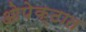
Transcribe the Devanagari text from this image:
ओपेक्टात